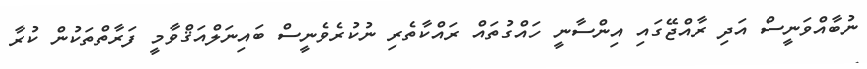
ނުބާއްވަނީސް އަދި ރާއްޖޭގައި އިންސާނީ ހައްގުތައް ރައްކާތެރި ނުކުރެވެނީސް ބައިނަލްއަޤްވާމީ ފަރާތްތަކުން ކުރާ